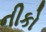
નીકો